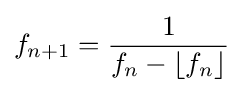
f_{n+1}={\frac {1}{f_{n}-\lfloor f_{n}\rfloor }}